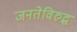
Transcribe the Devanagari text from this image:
जनतेविरुद्ध